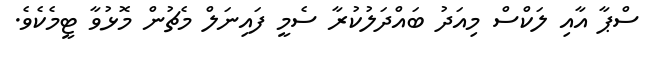
ސްޕާ އާއި ލަކްސް މިއަދު ބައްދަލުކުރާ ސެމީ ފައިނަލް މެޗުން މޮޅުވާ ޓީމެކެވެ.